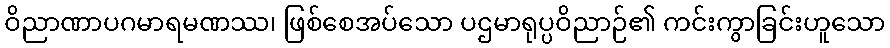
ဝိညာဏာပဂမာရမဏဿ၊ ဖြစ်စေအပ်သော ပဌမာရုပ္ပဝိညာဉ်၏ ကင်းကွာခြင်းဟူသော